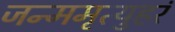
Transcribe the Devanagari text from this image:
जन्ममृत्युहरं